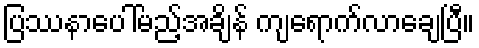
ပြဿနာပေါ်မည့်အချိန် ကျရောက်လာချေပြီ။